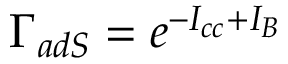
\Gamma _ { a d S } = e ^ { - I _ { c c } + I _ { B } }